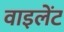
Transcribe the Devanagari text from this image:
वाइलेंट